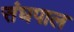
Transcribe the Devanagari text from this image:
संघपाल